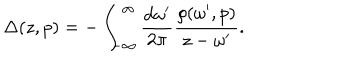
\Delta ( z , p ) = - \int _ { - \infty } ^ { \infty } \frac { d \omega ^ { \prime } } { 2 \pi } \frac { \rho ( \omega ^ { \prime } , p ) } { z - \omega ^ { \prime } } .